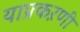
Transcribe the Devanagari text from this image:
याप्रकऱणी